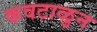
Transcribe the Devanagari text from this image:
कवटाळुन